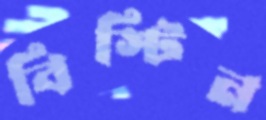
বিস্টিন